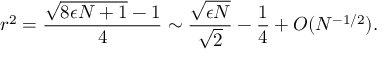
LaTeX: r ^ { 2 } = \frac { \sqrt { 8 \epsilon N + 1 } - 1 } { 4 } \sim \frac { \sqrt { \epsilon N } } { \sqrt { 2 } } - \frac { 1 } { 4 } + { \cal O } ( N ^ { - 1 / 2 } ) .